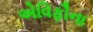
એવિફૌના